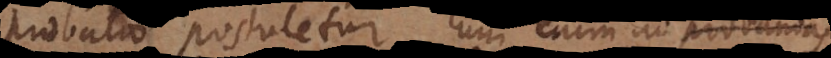
probatio postuletur. Cum enim ad probationes